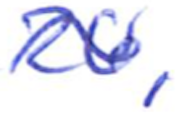
Text: 26,
Cross-out: wave
Writing tool: ballpoint